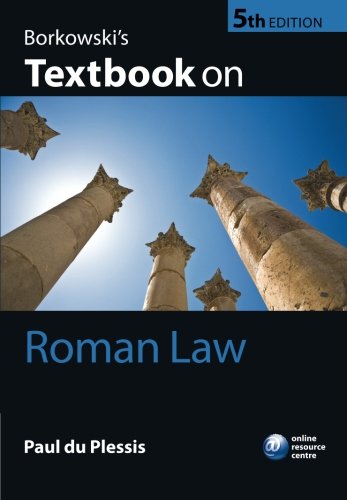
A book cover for Borkowski's Textbook on Roman Law; Paul du Plessis; Law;